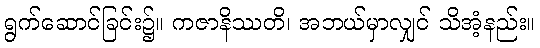
ရွက်ဆောင်ခြင်း၌။ ကဇာနိဿတိ၊ အဘယ်မှာလျှင် သိအံ့နည်း။